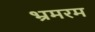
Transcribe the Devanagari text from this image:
भ्रमरम